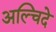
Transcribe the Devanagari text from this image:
अल्चिदे